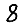
Digit: 8